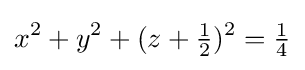
x^{2}+y^{2}+(z+{\tfrac {1}{2}})^{2}={\tfrac {1}{4}}